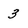
Character: 3